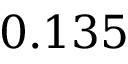
0 . 1 3 5